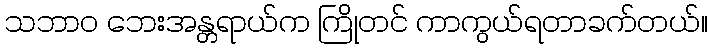
သဘာဝ ဘေးအန္တရာယ်က ကြိုတင် ကာကွယ်ရတာခက်တယ်။